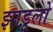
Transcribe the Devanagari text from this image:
झाडूलो